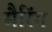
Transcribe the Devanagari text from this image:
मैरिंग